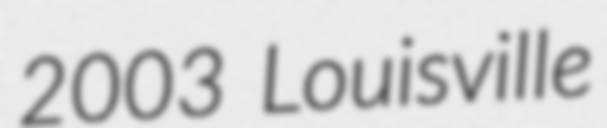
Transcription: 2003 Louisville